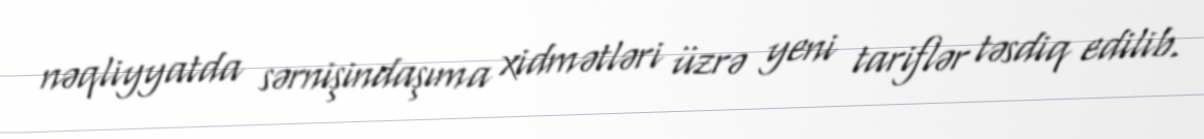
nəqliyyatda sərnişindaşıma xidmətləri üzrə yeni tariflər təsdiq edilib.